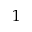
^ 1